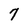
Character: 7